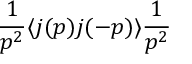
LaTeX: \frac { 1 } { p ^ { 2 } } \langle j ( p ) j ( - p ) \rangle \frac { 1 } { p ^ { 2 } }